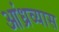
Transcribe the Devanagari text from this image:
आंध्रव्यास